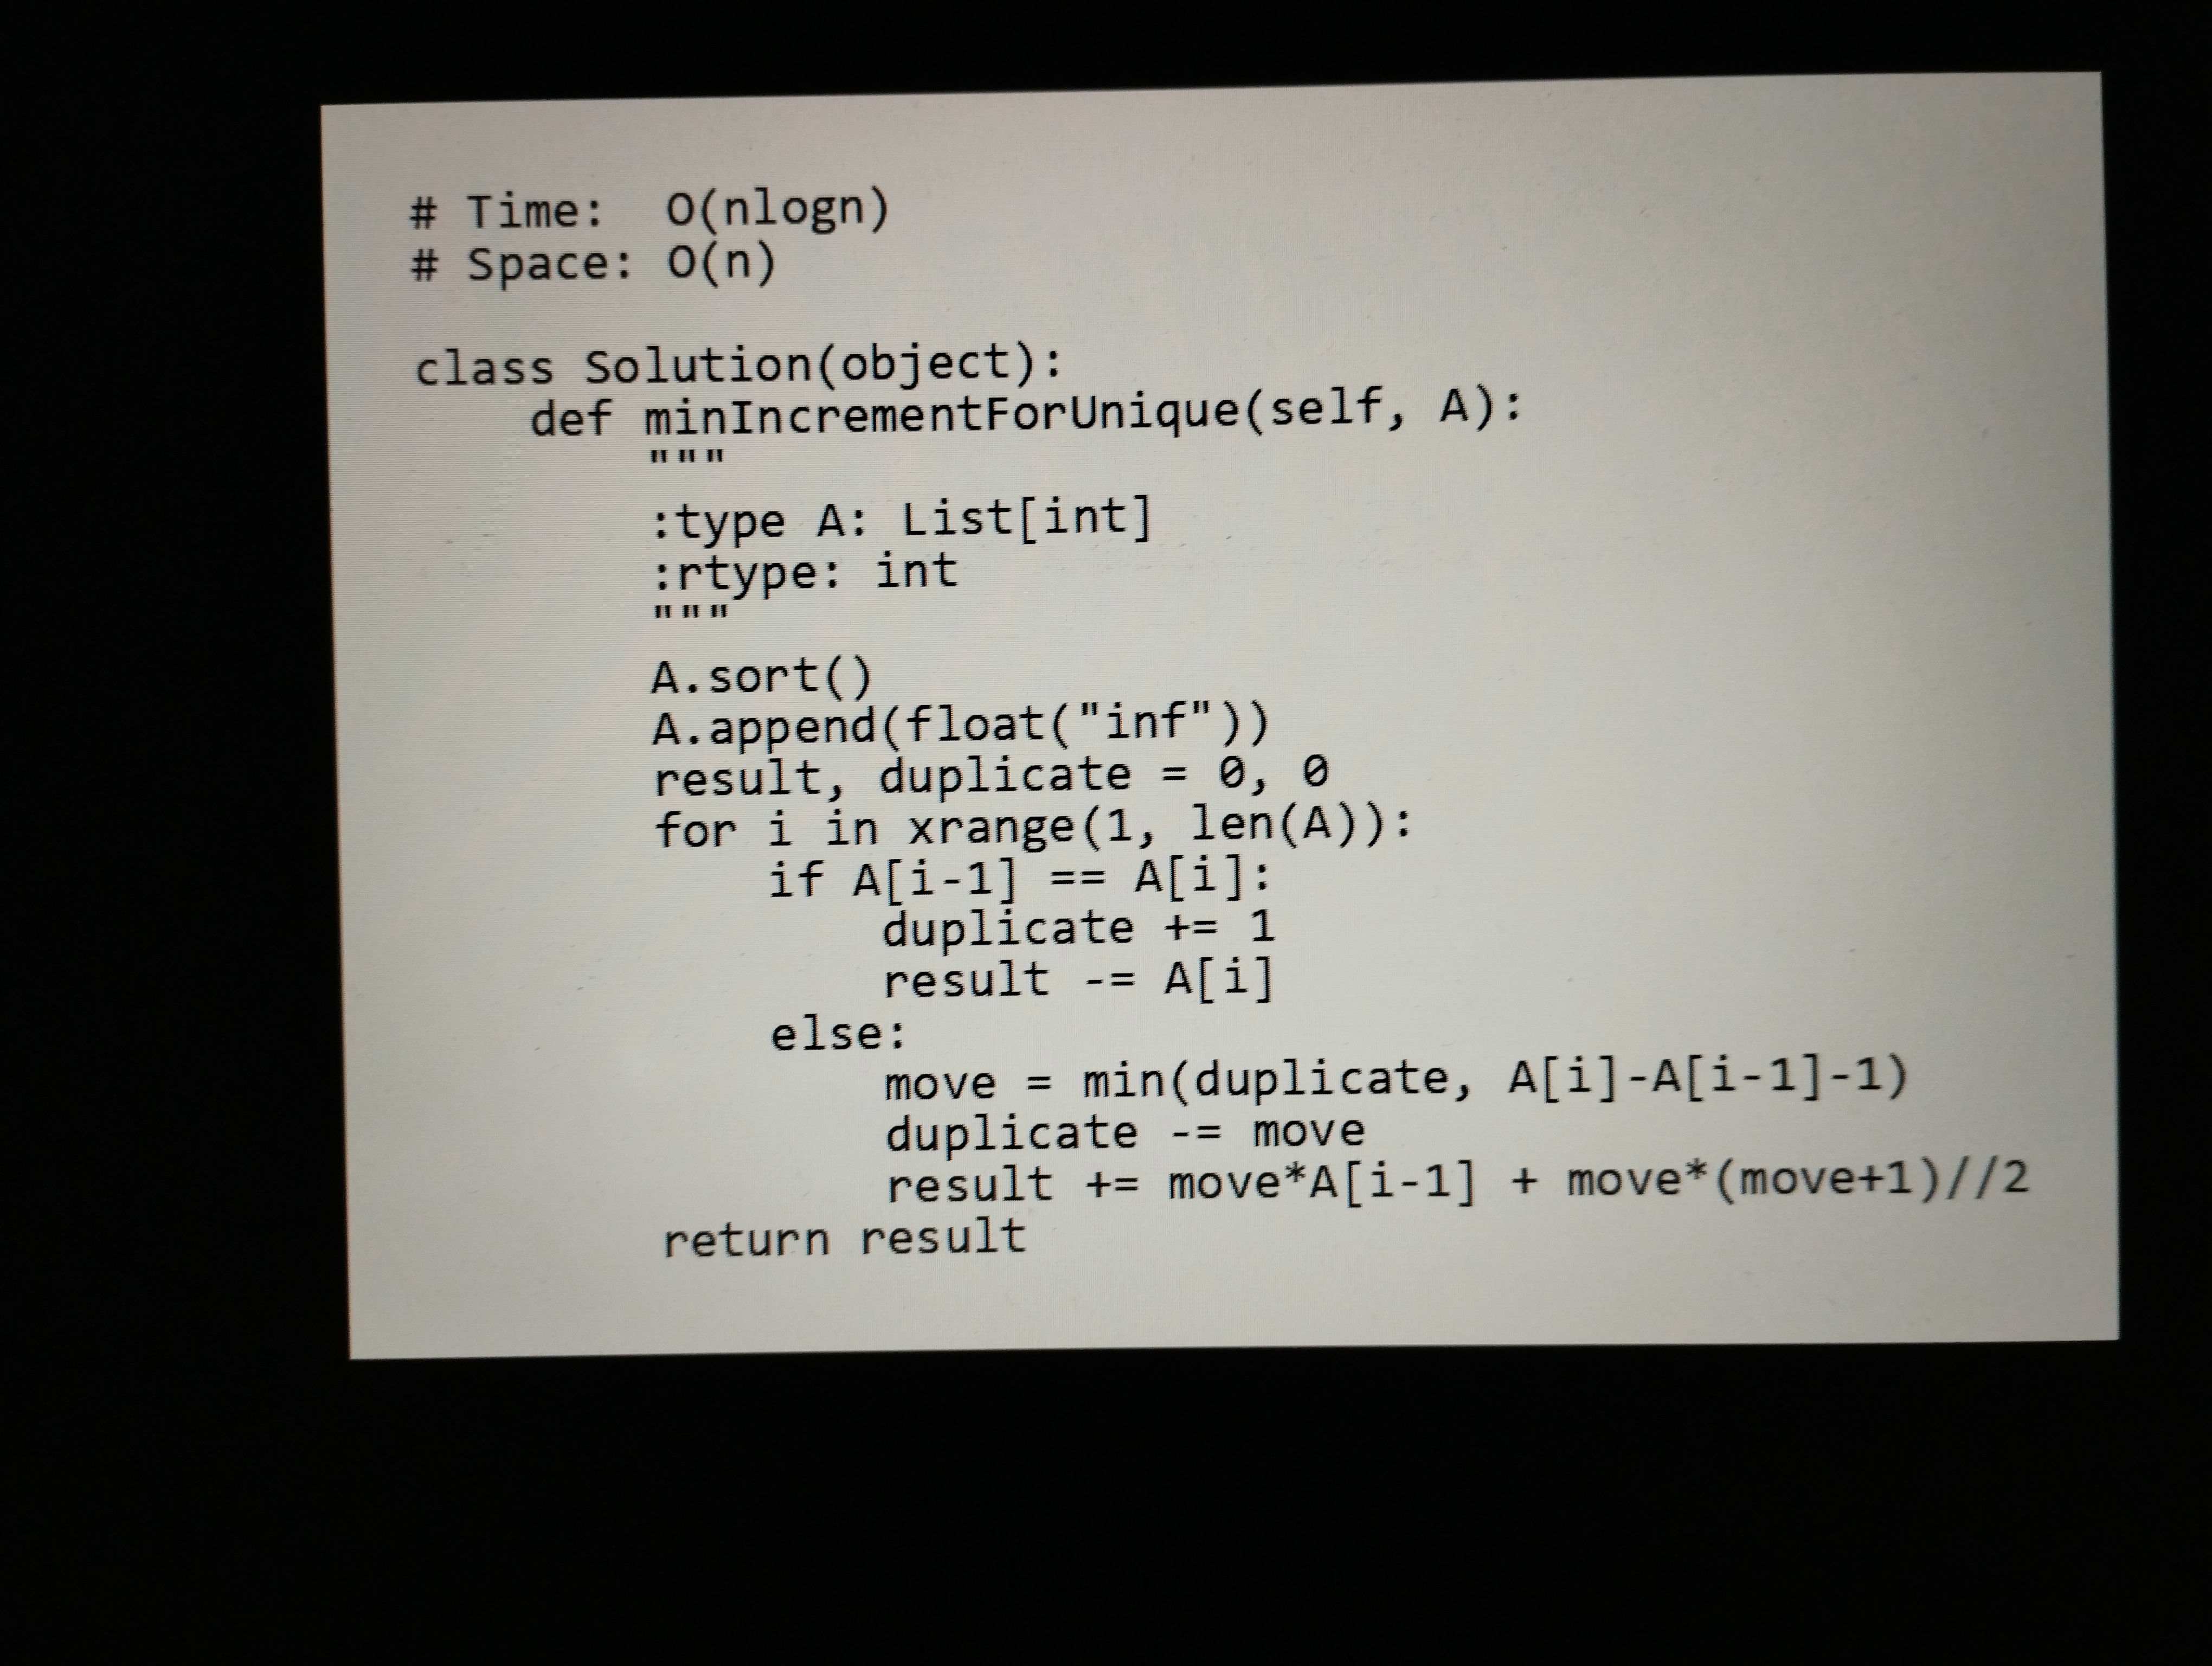
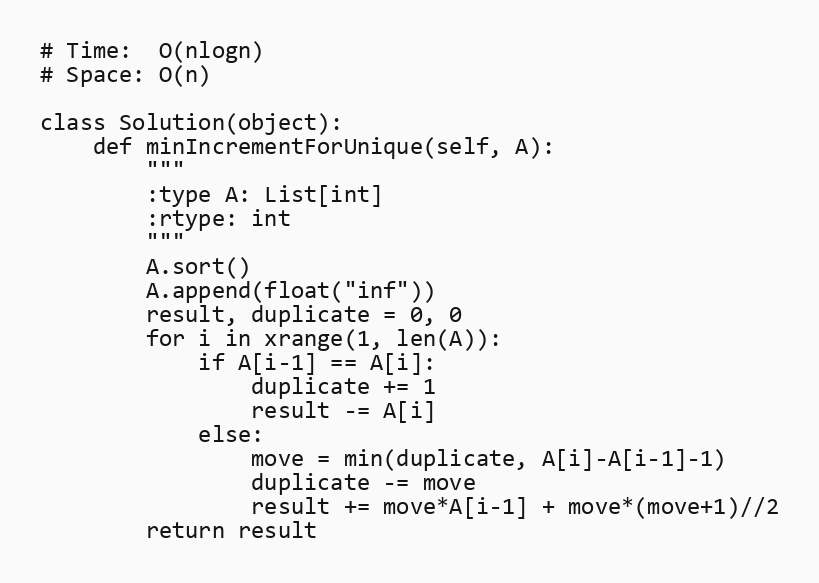
# Time:  O(nlogn)
# Space: O(n)

class Solution(object):
    def minIncrementForUnique(self, A):
        """
        :type A: List[int]
        :rtype: int
        """
        A.sort()
        A.append(float("inf"))
        result, duplicate = 0, 0
        for i in xrange(1, len(A)):
            if A[i-1] == A[i]:
                duplicate += 1
                result -= A[i]
            else:
                move = min(duplicate, A[i]-A[i-1]-1)
                duplicate -= move
                result += move*A[i-1] + move*(move+1)//2
        return result